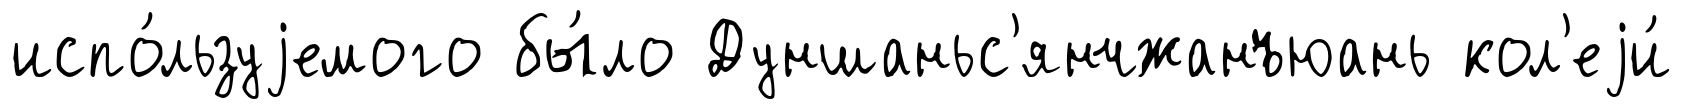
испо́льзуjемого бы́ло Дуншаньс'янчжанъюань кол'еjи́